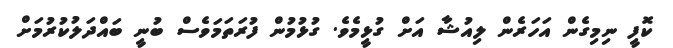
ކޮފީ ނިމިގެން އަހަރެން ލިއުޝާ އަށް ގުޅީމެވެ. ގުޅުމުން ފުރަތަމަވެސް ބުނީ ބައްދަލުކުރުމަށް